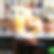
ড্